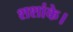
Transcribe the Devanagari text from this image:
शशांके।